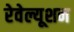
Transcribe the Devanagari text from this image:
रेवेल्यूशन